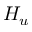
H _ { u }